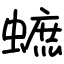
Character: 蟅